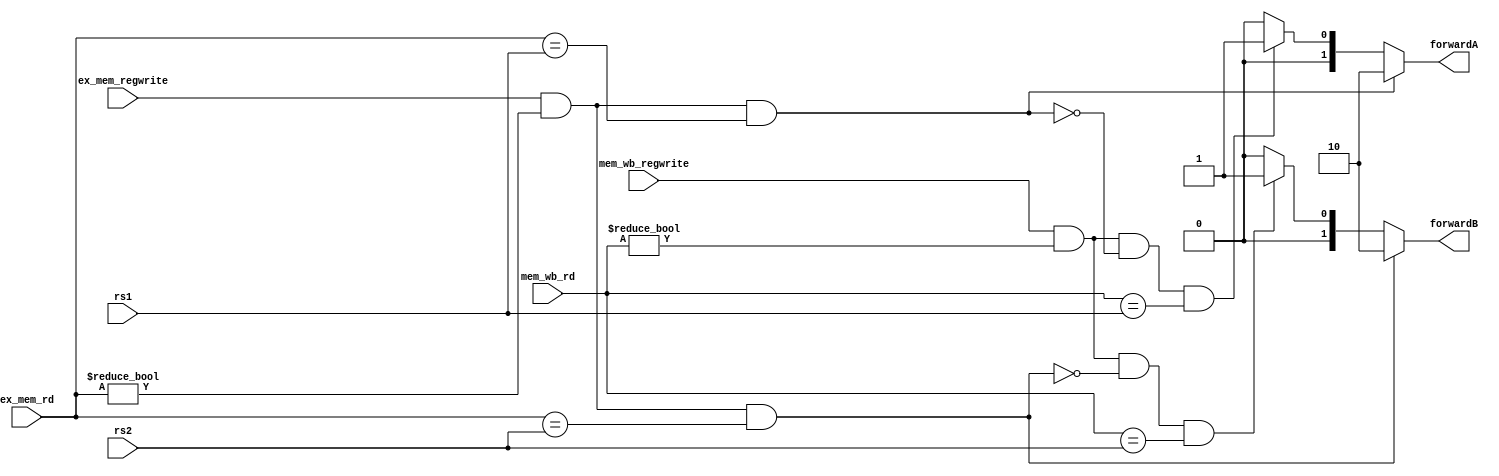
`timescale 1ns / 1ps
//////////////////////////////////////////////////////////////////////////////////
// Company: 
// Engineer: 
// 
// Design Name: 
// Module Name: forwarding
// Project Name: 
// Target Devices: 
// Tool Versions: 
// Description: 
// 
// Dependencies: 
// 
// Revision:
// Revision 0.01 - File Created
// Additional Comments:
// 
//////////////////////////////////////////////////////////////////////////////////


module forwarding(
    input [4:0] rs1,
    input [4:0] rs2,
    input [4:0] ex_mem_rd,
    input [4:0] mem_wb_rd,
    input ex_mem_regwrite,
    input mem_wb_regwrite,
    output reg [1:0] forwardA, forwardB
);
    always@(rs1, rs2, ex_mem_rd, mem_wb_rd, ex_mem_regwrite, mem_wb_regwrite)
    begin
        if (ex_mem_regwrite && 
            (ex_mem_rd != 0) &&
            (ex_mem_rd == rs1))
        begin
            forwardA = 2'b10;
        end
        else if (mem_wb_regwrite &&
            (mem_wb_rd != 0) &&
            (!(  ex_mem_regwrite && 
                (ex_mem_rd != 0) && 
                (ex_mem_rd == rs1))) &&
            (mem_wb_rd == rs1))
        begin
            forwardA = 2'b01;
        end
        else
        begin
            forwardA = 2'b00;
        end
            
        if (ex_mem_regwrite && 
            (ex_mem_rd != 0) &&
            (ex_mem_rd == rs2))
        begin
            forwardB = 2'b10;
        end
        else if (mem_wb_regwrite &&
            (mem_wb_rd != 0) &&
            (!(  ex_mem_regwrite && 
                (ex_mem_rd != 0) && 
                (ex_mem_rd == rs2))) &&
            (mem_wb_rd == rs2))
        begin
            forwardB = 2'b01;
        end
        else
        begin
            forwardB = 2'b00;
        end
    end
endmodule